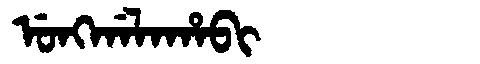
Manchu: ᡠᠩᡤᠠᠯᠠᡥᠠᠪᡳ
Romanization: UNGGALAHABI